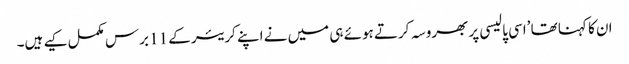
ان کا کہنا تھا ’اسی پالیسی پر بھروسہ کرتے ہوئے ہی میں نے اپنے کریئر کے 11 برس مکمل کیے ہیں۔